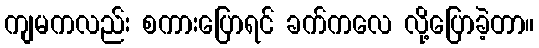
ကျမကလည်း စကားပြောရင် ခက်ကလေ လို့ပြောခဲ့တာ။